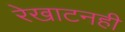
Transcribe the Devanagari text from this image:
रेखाटनही